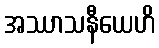
အဿာသနီယေဟိ